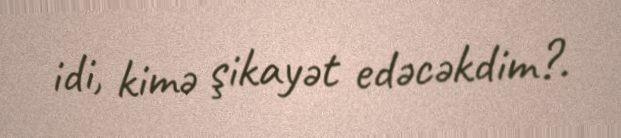
idi, kimə şikayət edəcəkdim?.